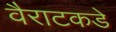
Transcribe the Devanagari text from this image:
वैराटकडे